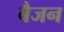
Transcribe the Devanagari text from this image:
बैजन